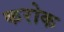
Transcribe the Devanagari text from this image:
करोक